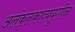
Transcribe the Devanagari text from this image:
अलंकृतकाव्ययुगीन